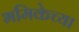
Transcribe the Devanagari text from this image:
भमिकेच्या